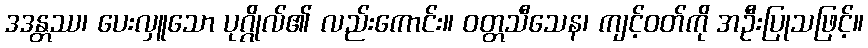
ဒဒန္တဿ၊ ပေးလှူသော ပုဂ္ဂိုလ်၏ လည်းကောင်း။ ဝတ္တသီသေန၊ ကျင့်ဝတ်ကို အဦးပြုသဖြင့်။